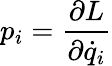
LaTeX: p_{i}={\frac{\partial L}{\partial{\dot{q}}_{i}}}